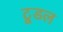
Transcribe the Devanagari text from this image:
टूडल